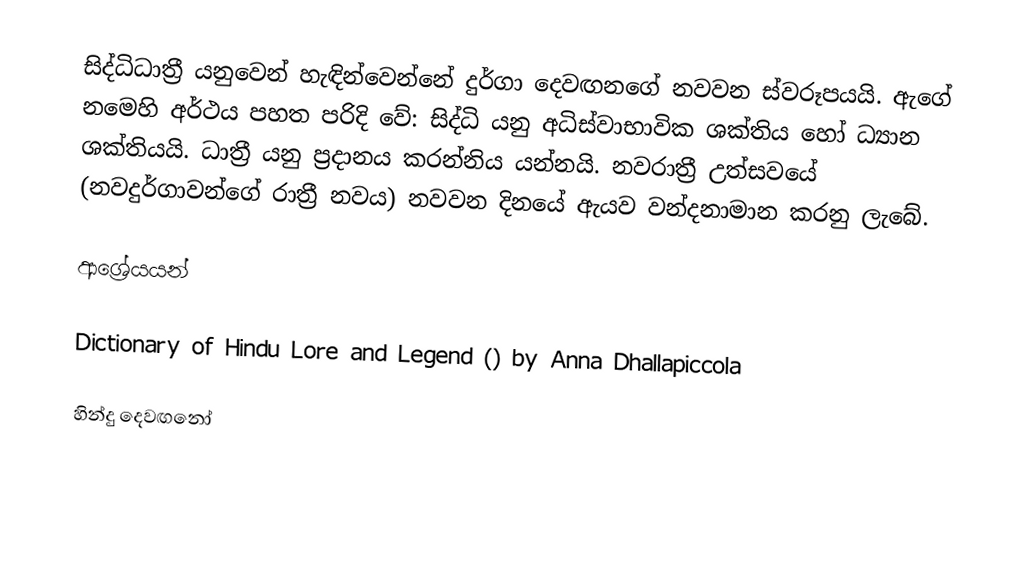
සිද්ධිධාත්‍රී යනුවෙන් හැඳින්වෙන්නේ දුර්ගා දෙවඟනගේ නවවන ස්වරූපයයි. ඇගේ නමෙහි අර්ථය පහත පරිදි වේ: සිද්ධි යනු අධිස්වාභාවික ශක්තිය හෝ ධ්‍යාන ශක්තියයි. ධාත්‍රී යනු ප්‍රදානය කරන්නිය යන්නයි. නවරාත්‍රී උත්සවයේ (නවදුර්ගාවන්ගේ රාත්‍රී නවය) නවවන දිනයේ ඇයව වන්දනාමාන කරනු ලැබේ.

ආශ්‍රේයයන්

Dictionary of Hindu Lore and Legend () by Anna Dhallapiccola

හින්දු දෙවඟනෝ